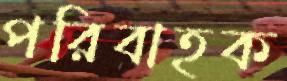
পরিবাহক